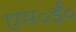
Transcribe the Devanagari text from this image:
एम॰ई॰